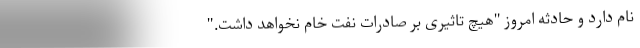
نام دارد و حادثه امروز "هیچ تاثیری بر صادرات نفت خام نخواهد داشت."